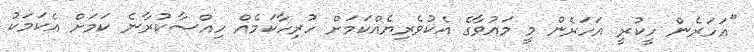
''އަހަރެން ހީކުރީ އަހަރެން މީ މައުވާގެ އެކުވެރިޔެއްކަމަށް ހުރިހާކަމެއް ހިއްސާކުރާނެ ކަމަށް އެކަމަކު